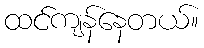
ထင်ကျန်နေတယ်။